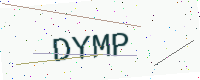
Text: DYMP